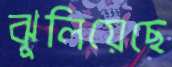
ঝুলিয়েছে